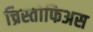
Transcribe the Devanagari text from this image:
च्रिस्तोफिअस